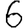
Digit: 6